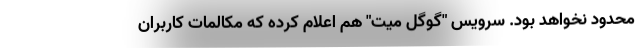
محدود نخواهد بود. سرویس "گوگل میت" هم اعلام کرده که مکالمات کاربران